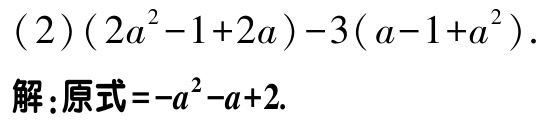
(2)$(2a^{2}-1 + 2a)-3(a - 1 + a^{2})$.
解：原式$=-a^{2}-a + 2$.